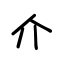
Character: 介